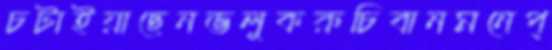
চটাইয়াছেনভলুকরুচিবানমনেপ্